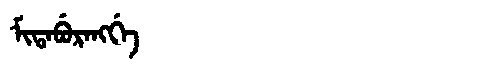
Manchu: ᠮᡳᡨᠠᠪᡠᡵᠠᠩᡤᡝ
Romanization: MITABURANGGE